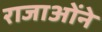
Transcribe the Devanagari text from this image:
राजाओंने